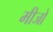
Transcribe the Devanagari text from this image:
मीजो